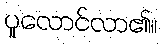
ပူလောင်လာ၏။